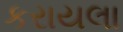
કરાયલા